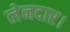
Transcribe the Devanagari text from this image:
लेनदार।